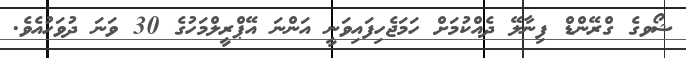
ޝޯވގެ ގްރޭންޑް ފިނާލޭ ދެއްކުމަށް ހަމަޖެހިފައިވަނީ އަންނަ އޭޕްރީލްމަހުގެ 30 ވަނަ ދުވަހުއެވެ.